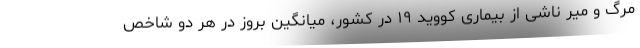
مرگ و میر ناشی از بیماری کووید ۱۹ در کشور، میانگین بروز در هر دو شاخص